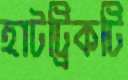
হাটট্রিকটি